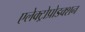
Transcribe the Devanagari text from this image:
एलेक्ट्रोप्रोडक्शन